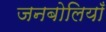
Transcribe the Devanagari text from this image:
जनबोलियाँ